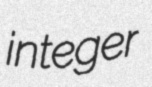
integer